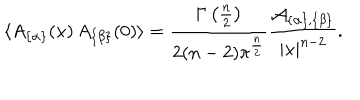
LaTeX: \langle A _ { \{ \alpha \} } ( x ) \, A _ { \{ \beta \} } ( 0 ) \rangle = { \frac { \Gamma \left( { \frac { n } { 2 } } \right) } { 2 ( n - 2 ) \pi ^ { \frac { n } { 2 } } } } { \frac { { \cal A } _ { \{ \alpha \} , \{ \beta \} } } { | x | ^ { n - 2 } } } .